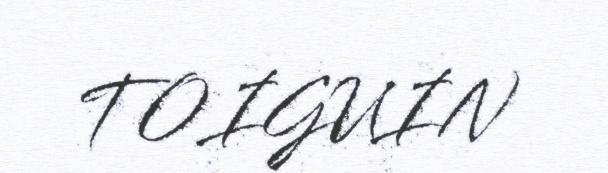
TOIGUIN